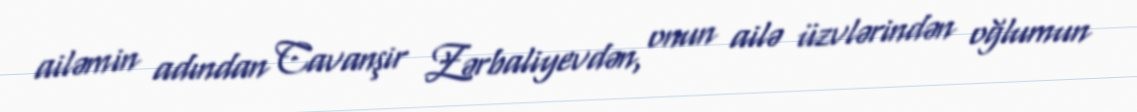
ailəmin adından Cavanşir Zərbaliyevdən, onun ailə üzvlərindən oğlumun